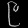
Digit: ၉